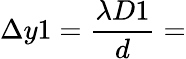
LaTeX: \Delta y1=\frac{\lambda D1}{d}=